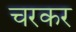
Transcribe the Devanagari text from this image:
चरकर